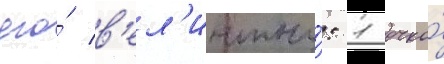
его́ в'ел'ичины́: 1 очко́